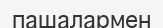
пашалармен